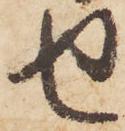
せ